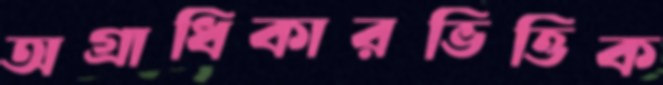
অগ্রাধিকারভিত্তিক